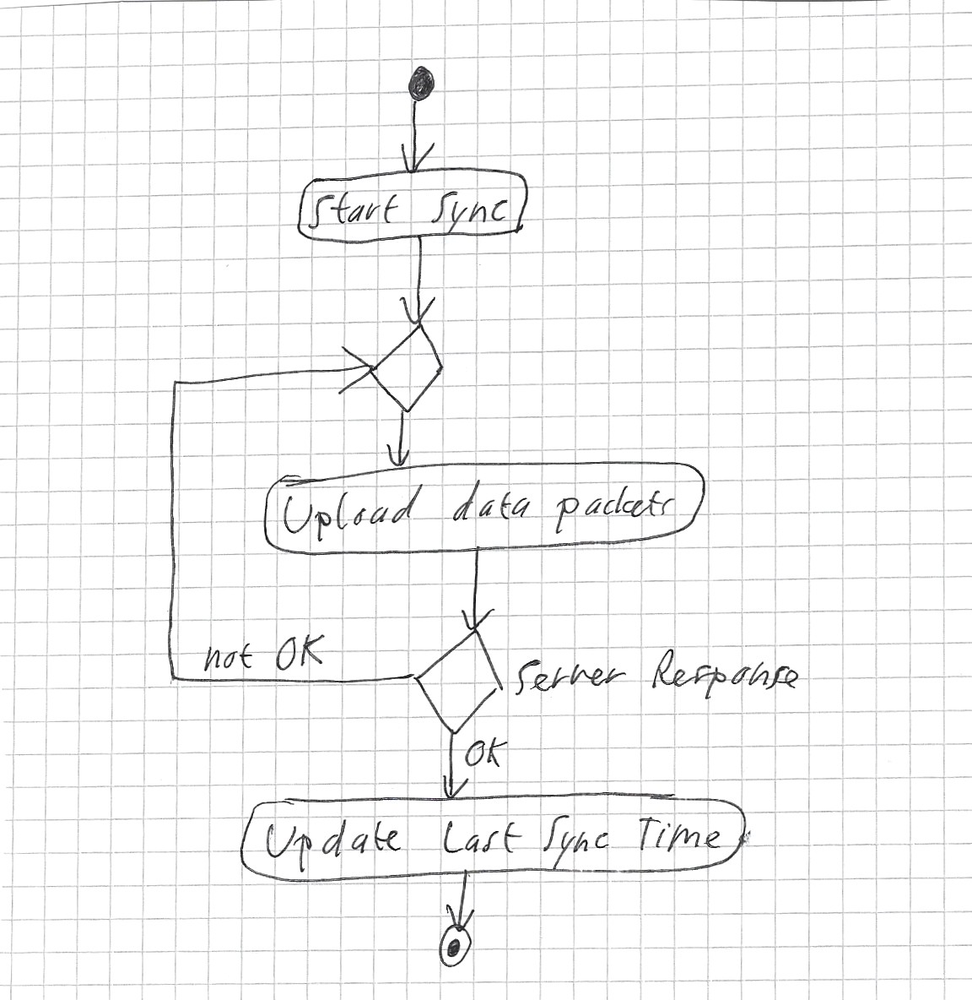
Diagram type: activity_diagram
```plantuml
@startuml

start
:Start Sync;
repeat
  :Upload data packets;
repeat while (Server Response) is (not OK) not (OK)
:Update Last Sync Time;
stop

@enduml
```